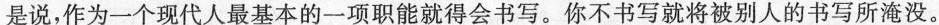
是说，作为一个现代人最基本的-一项职能就得会书写。你不书写就将被别人的书写所淹没。